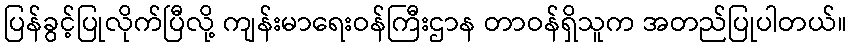
ပြန်ခွင့်ပြုလိုက်ပြီလို့ ကျန်းမာရေးဝန်ကြီးဌာန တာဝန်ရှိသူက အတည်ပြုပါတယ်။